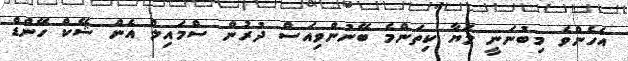
އެހެންވެ މިބުނަނީ ލަޔާ ކިތަންމެ ބޭނުންވިއަސް ދުރުން ސްމައިލް އެން ޝޭކް ހޭންޑް